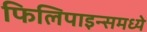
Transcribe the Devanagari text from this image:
फिलिपाइन्समध्ये